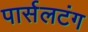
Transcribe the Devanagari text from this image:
पार्सलटंग